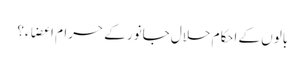
بالوں کے احکام حلال جانور کے حرام اعضاء؟